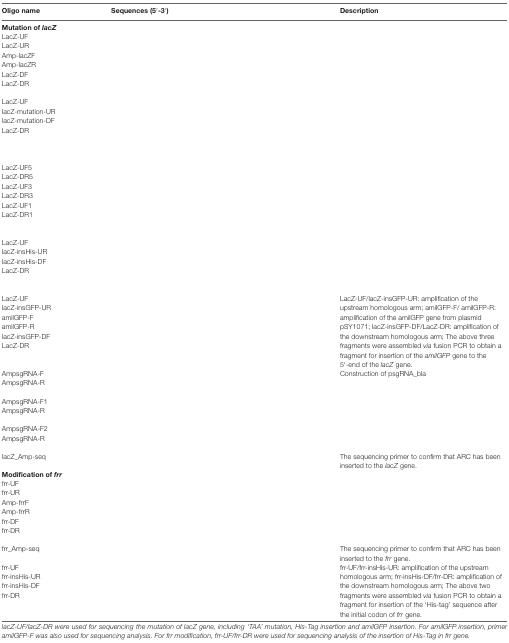
<table><thead><tr><td><b>Oligo name</b></td><td><b>Sequences (5′-3′)</b></td><td><b>Description</b></td></tr></thead><tbody><tr><td colspan="3"><b>Mutation of <i>lacZ</i></b></td></tr><tr><td>LacZ-UFLacZ-URAmp-lacZFAmp-lacZRLacZ-DFLacZ-DR</td><td>[EMPTY_CELL]</td><td>[EMPTY_CELL]</td></tr><tr><td>LacZ-UFlacZ-mutation-URlacZ-mutation-DFLacZ-DR</td><td>[EMPTY_CELL]</td><td>[EMPTY_CELL]</td></tr><tr><td>LacZ-UF5LacZ-DR5LacZ-UF3LacZ-DR3LacZ-UF1LacZ-DR1</td><td>[EMPTY_CELL]</td><td>[EMPTY_CELL]</td></tr><tr><td>LacZ-UFlacZ-insHis-URlacZ-insHis-DFLacZ-DR</td><td>[EMPTY_CELL]</td><td>[EMPTY_CELL]</td></tr><tr><td>LacZ-UFlacZ-insGFP-URamilGFP-FamilGFP-RlacZ-insGFP-DFLacZ-DR</td><td>[EMPTY_CELL]</td><td>LacZ-UF/lacZ-insGFP-UR: amplification of the upstream homologous arm; amilGFP-F/ amilGFP-R: amplification of the amilGFP gene from plasmid pSY1071; lacZ-insGFP-DF/LacZ-DR: amplification of the downstream homologous arm; The above three fragments were assembled <i>via</i> fusion PCR to obtain a fragment for insertion of the <i>amilGFP</i> gene to the 5′-end of the <i>lacZ</i> gene.</td></tr><tr><td>AmpsgRNA-FAmpsgRNA-R</td><td>[EMPTY_CELL]</td><td>Construction of psgRNA_bla</td></tr><tr><td>AmpsgRNA-F1AmpsgRNA-R</td><td>[EMPTY_CELL]</td><td>[EMPTY_CELL]</td></tr><tr><td>AmpsgRNA-F2AmpsgRNA-R</td><td>[EMPTY_CELL]</td><td>[EMPTY_CELL]</td></tr><tr><td>lacZ_Amp-seq</td><td>[EMPTY_CELL]</td><td>The sequencing primer to confirm that ARC has been inserted to the <i>lacZ</i> gene.</td></tr><tr><td colspan="3"><b>Modification of <i>frr</i></b></td></tr><tr><td>frr-UFfrr-URAmp-frrFAmp-frrRfrr-DFfrr-DR</td><td>[EMPTY_CELL]</td><td>[EMPTY_CELL]</td></tr><tr><td>frr_Amp-seq</td><td>[EMPTY_CELL]</td><td>The sequencing primer to confirm that ARC has been inserted to the <i>frr</i> gene.</td></tr><tr><td>frr-UFfrr-insHis-UR frr-insHis-DFfrr-DR</td><td>[EMPTY_CELL]</td><td>frr-UF/frr-insHis-UR: amplification of the upstream homologous arm; frr-insHis-DF/frr-DR: amplification of the downstream homologous arm; The above two fragments were assembled <i>via</i> fusion PCR to obtain a fragment for insertion of the ‘His-tag’ sequence after the initial codon of <i>frr</i> gene.</td></tr></tbody></table>